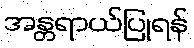
အန္တရာယ်ပြုရန်